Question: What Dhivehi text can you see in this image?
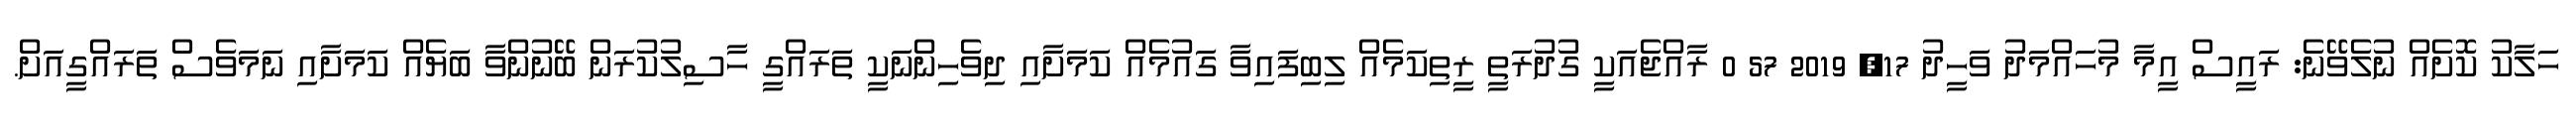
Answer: ހަލާކު ކޮށެއް ނުލެވޭނެ: ރައީސް އީމާ މުހައްމަދު ވަހީދު 17, 2019 57 0 ރާއްޖެއަކީ ގުދުރަތީ ރީތިކަމެއް ލިބިފައިވާ ގައުމެއް ކަމަށާއި ދިވެހިންނަކީ ތަރައްގީ ހާސިލުކުރަން ބޭނުންވާ ބަޔެއް ކަމަށާއި ނަމަވެސް ތަރައްގީއަށް.